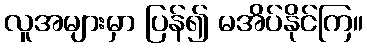
လူအများမှာ ပြန်၍ မအိပ်နိုင်ကြ။